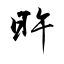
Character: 旿